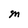
Character: M